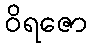
ဝိရဇော